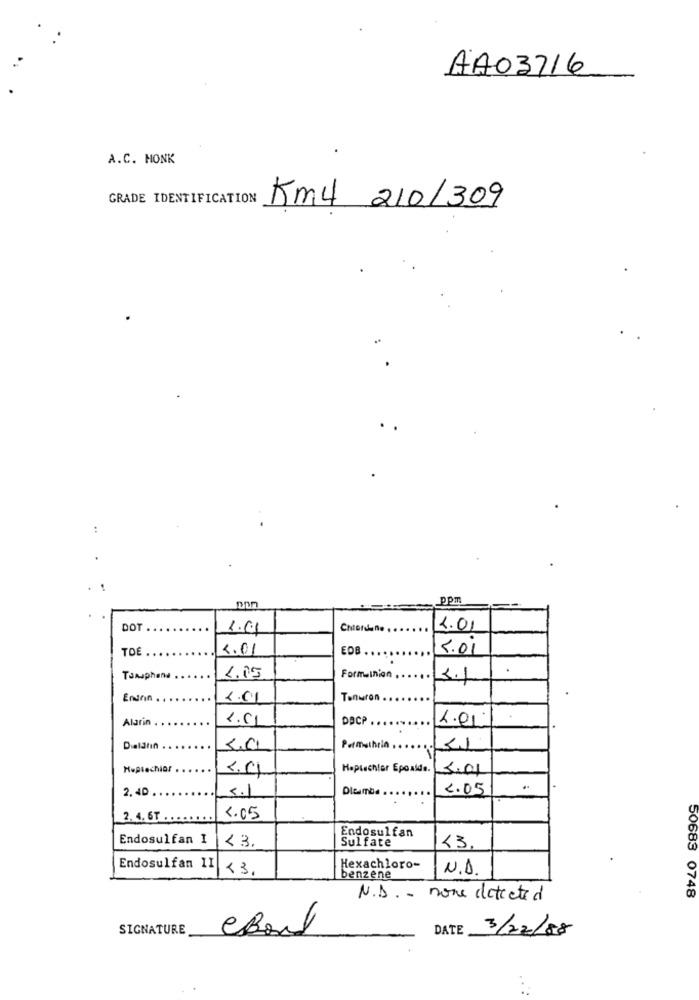
AA03716
A.C. HONK
GRADE IDENTIFICATION
Km4 210/309
:
PPT
DOT
1.61
Chlordano .
1.01
TOÊ
4.01
EDB . . .
5.00
Formuinion
Tomphone
1.15
3.1
Endrin
1.01
Tonuron
Alarin
DACP
4.01.
Dieların
Permethrin ,
Huptechior
Heplechter Epoxid. 5.01
2, 40
5.1
Dleimbe
2.05
.
2.4.6T .
4.05
Endosulfan
Endosulfan I
< 3.
Sulfate
13.
Endosulfan II
13.
Hexachloro-
N.A.
benzene
50683 0748
N.D .- none detected
SIGNATURE
DATE
3/22/88